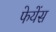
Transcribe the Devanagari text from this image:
फेयेंस